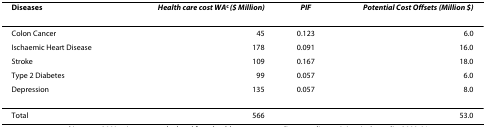
<table><thead><tr><td><b>Diseases</b></td><td><b><i>Health care cost WA</i><sup>c </sup><i>($ Million)</i></b></td><td><b><i>PIF</i></b></td><td><b><i>Potential Cost Offsets (Million $)</i></b></td></tr></thead><tbody><tr><td>Colon Cancer</td><td>45</td><td>0.123</td><td>6.0</td></tr><tr><td>Ischaemic Heart Disease</td><td>178</td><td>0.091</td><td>16.0</td></tr><tr><td>Stroke</td><td>109</td><td>0.167</td><td>18.0</td></tr><tr><td>Type 2 Diabetes</td><td>99</td><td>0.057</td><td>6.0</td></tr><tr><td>Depression</td><td>135</td><td>0.057</td><td>8.0</td></tr><tr><td>Total</td><td>566</td><td></td><td>53.0</td></tr></tbody></table>